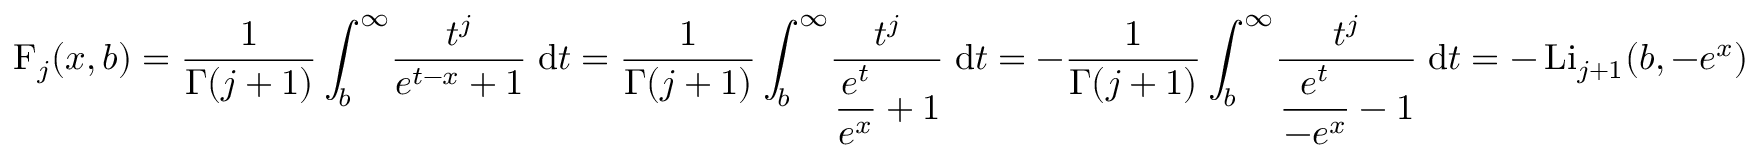
\operatorname { F } _ { j } ( x , b ) = { \frac { 1 } { \Gamma ( j + 1 ) } } \int _ { b } ^ { \infty } \! { \frac { t ^ { j } } { e ^ { t - x } + 1 } } \; \mathrm { d } t = { \frac { 1 } { \Gamma ( j + 1 ) } } \int _ { b } ^ { \infty } \! { \frac { t ^ { j } } { \displaystyle { \frac { e ^ { t } } { e ^ { x } } } + 1 } } \; \mathrm { d } t = - { \frac { 1 } { \Gamma ( j + 1 ) } } \int _ { b } ^ { \infty } \! { \frac { t ^ { j } } { \displaystyle { \frac { e ^ { t } } { - e ^ { x } } } - 1 } } \; \mathrm { d } t = - \operatorname { L i } _ { j + 1 } ( b , - e ^ { x } )